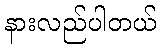
နားလည်ပါတယ်